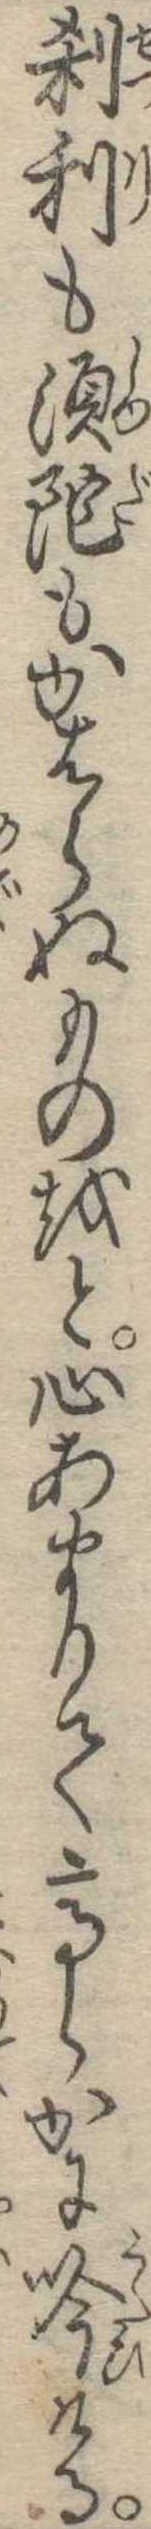
刹利も須陀もかはらぬものをと心あまりて高らかに吟ける